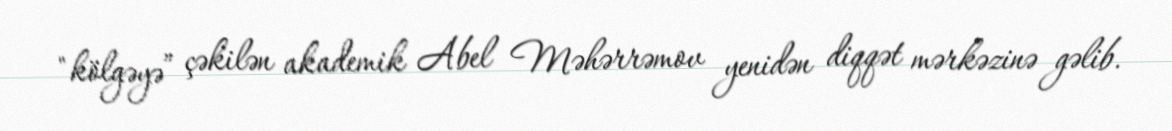
"kölgəyə” çəkilən akademik Abel Məhərrəmov yenidən diqqət mərkəzinə gəlib.